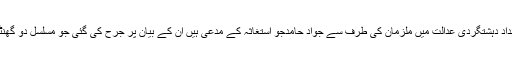
گزشتہ روز انسداد دہشتگردی عدالت میں ملزمان کی طرف سے جواد حامدجو استغاثہ کے مدعی ہیں ان کے بیان پر جرح کی گئی جو مسلسل دو گھنٹے جاری رہی۔